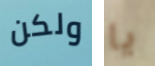
ولكن يا